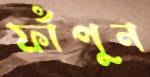
ফাঁপুন